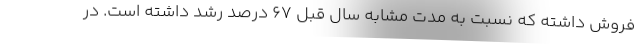
فروش داشته که نسبت به مدت مشابه سال قبل ۶۷ درصد رشد داشته است. در